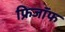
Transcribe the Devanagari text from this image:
फ्रिजॉफ